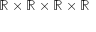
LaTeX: \mathbb { R } \times \mathbb { R } \times \mathbb { R } \times \mathbb { R }